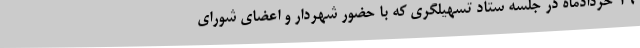
19 خردادماه در جلسه ستاد تسهیلگری که با حضور شهردار و اعضای شورای